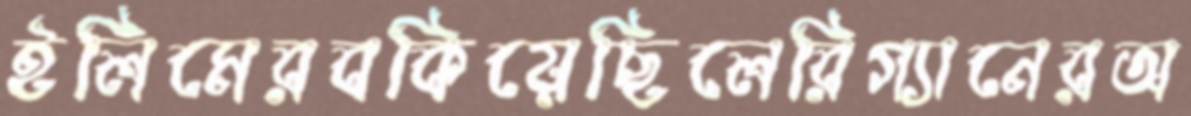
ইলিমেরবকিয়েছিলেরিগ্যানেরঅ